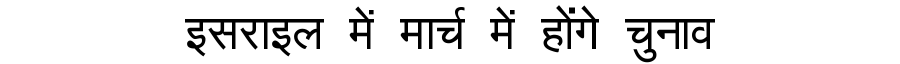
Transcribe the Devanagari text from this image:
इसराइल में मार्च में होंगे चुनाव